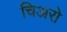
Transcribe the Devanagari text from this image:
चिअरो